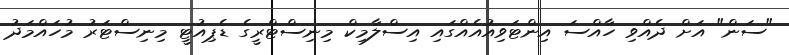
"ސަން" އަށް ދެއްވި ހާއްސަ އިންޓަވިއުއެއްގައި އިސްލާމިކް މިނިސްޓްރީގެ ޑެޕިއުޓީ މިނިސްޓަރު މުހައްމަދު